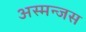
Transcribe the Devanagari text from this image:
अस्मन्जस